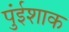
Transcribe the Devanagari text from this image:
पुंईशाक